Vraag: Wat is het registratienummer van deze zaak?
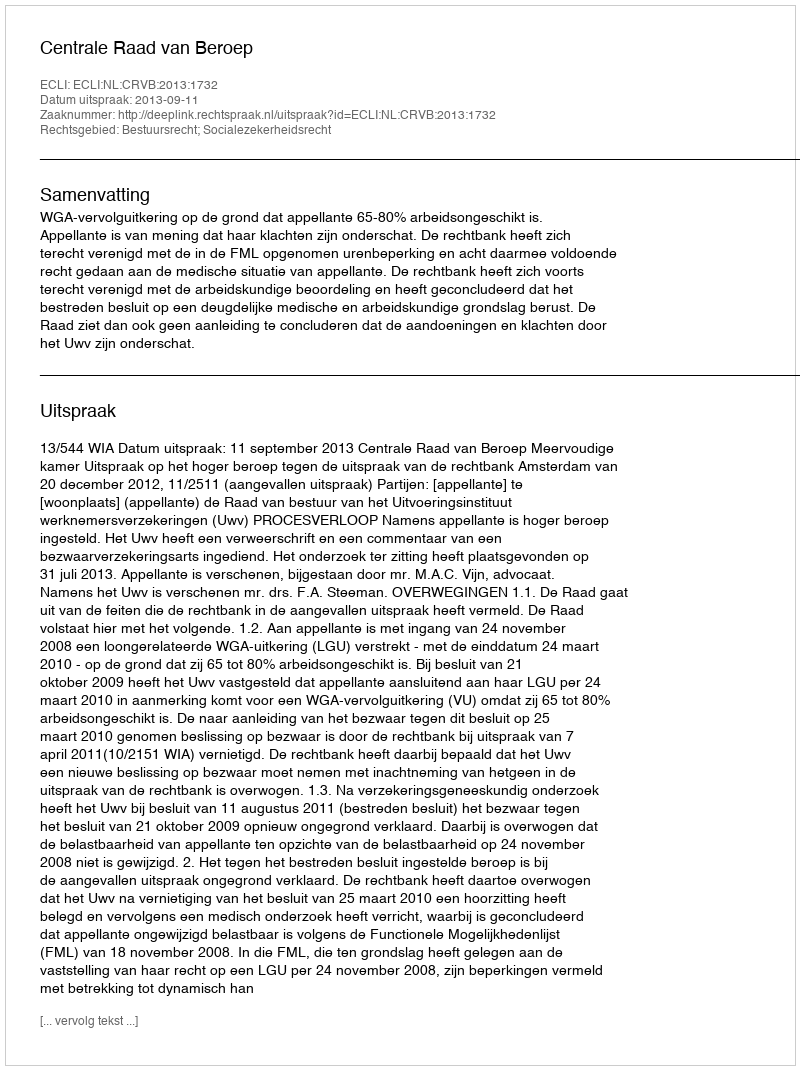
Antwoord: http://deeplink.rechtspraak.nl/uitspraak?id=ECLI:NL:CRVB:2013:1732